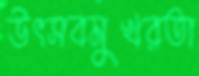
উৎসবমুখরতা